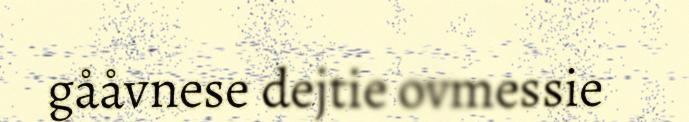
gååvnese dejtie ovmessie